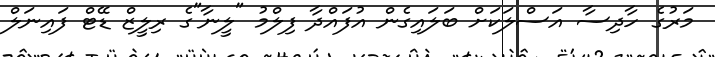
މަަރުގެ ހާދިސާ އަސްލަކަށް ބަލައިގެން އުފައްދާ ފިލްމު "ލީނާ"ގެ ރިލީޒް ޑޭޓް ފައިނަލް